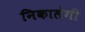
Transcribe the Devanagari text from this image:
निकालेगी